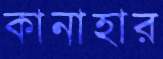
কানাহার